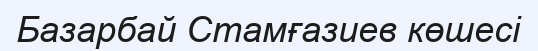
Базарбай Стамғазиев көшесі